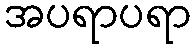
အပရာပရာ